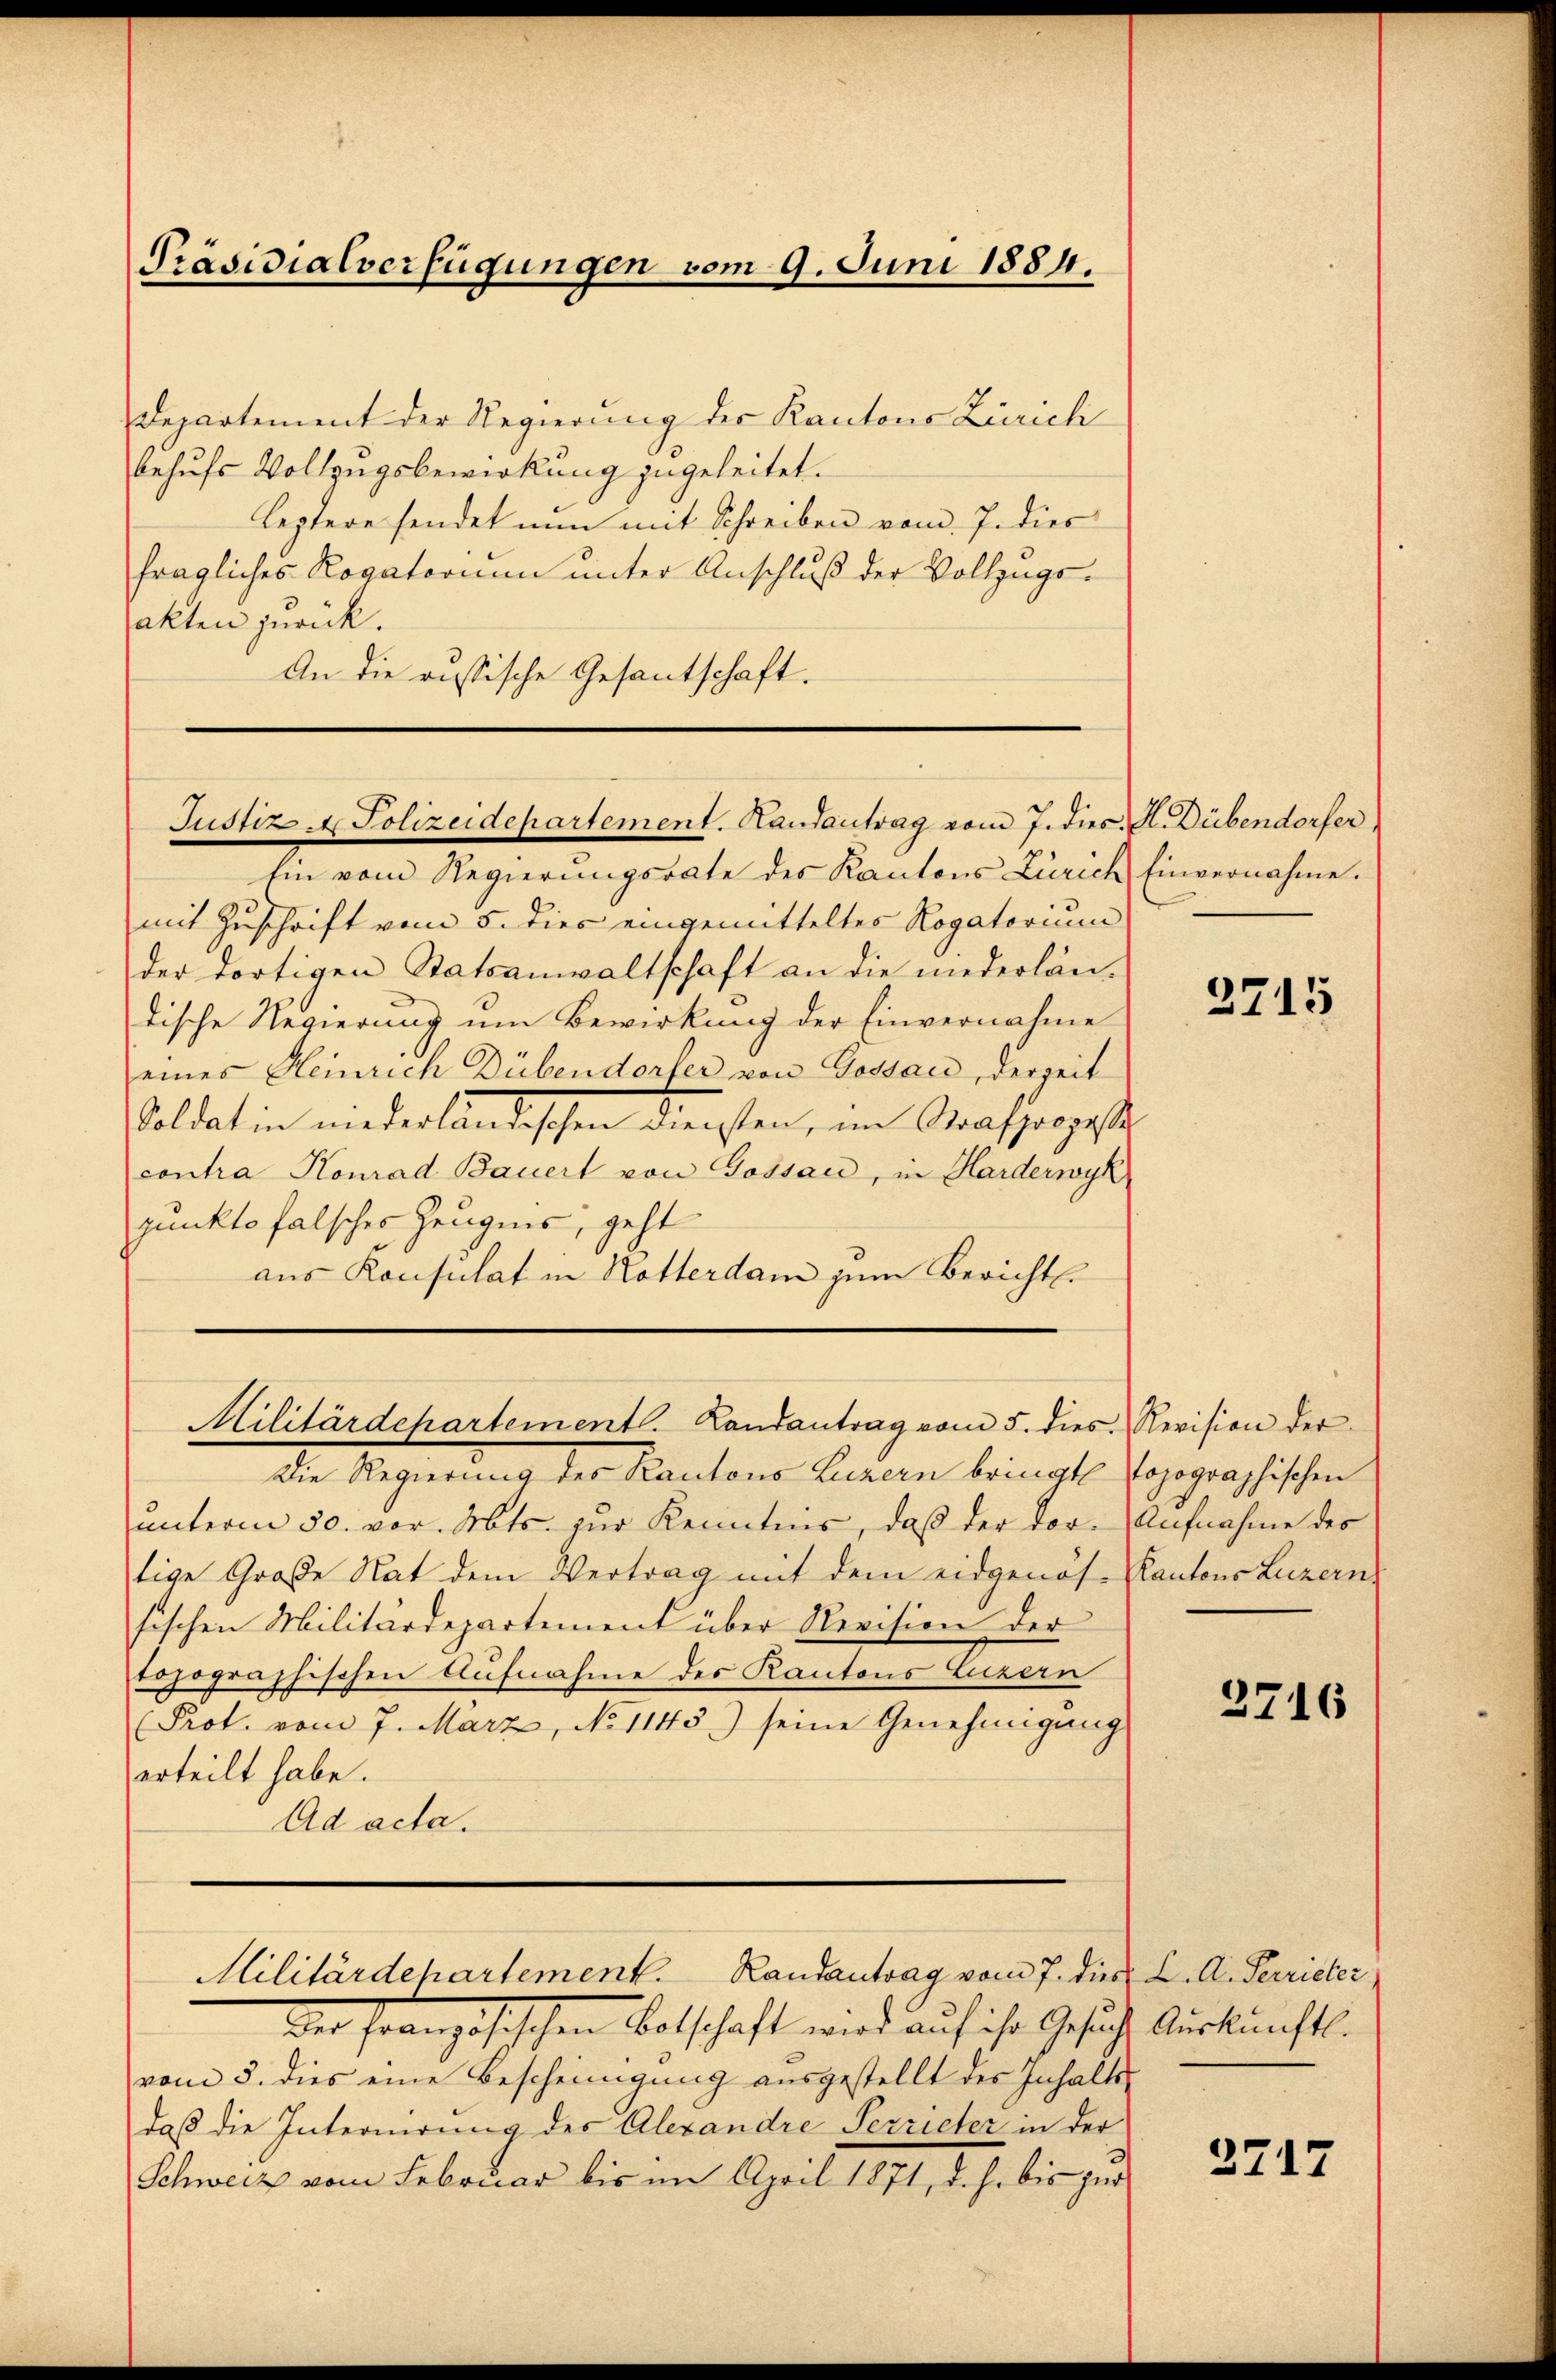
Präsidialverfügungen vom 9. Juni 1884.

Departement der Regierung der Kantons Zürich
behufs Vollzugsbewirkung zugeleitet.
leztere sendet nun mit Schreiben vom 7. dies
fragliches Rogatorium unter Anschluß der Vollzugsakten zurück.
An die aussische Gesantschaft.

Justiz & Polizeidepartement. Handantrag vom 7. dies H. Dübendorfer

hin vom Regierungsrate des Kantons Zürich Einvernahme.
mit Zuschrift vom 5. dies eingemitteltes Rogatorium
der dortigen Statsanwaltschaft an die niederlän-
dische Regierung um Bewirkung der Einvernahme
eines Heinrich Dübendorfer von Gossau, derzeit
Soldat in niederländischen Diensten, im Strassergest
contra Konrad Bauert von Gossau, in Harderwyk
punkto falsches Zeugnis, geht
aus Konsulat in Notterdam zum Bericht.
Militärdehartementl. Landantrag vom 5. dies Revision der
Die Regierung des Kantons Luzern bringte Topographischen
unterm 30. vor. Mts. zur Kenntnis, daß der dor-Aufnahme des
tige Große Rat dem Vertrag mit dem eidgenös-Kantons Luzern
sischen Militärdepartement über Revision der
topographischen Aufnahme des Kantons Luzern
Prot. vom 7. März, No 1145) seine Genehmigung
erteilt habe.
Ad acta.

Militärdepartement. Randantrag vom 7. die K. A. Terrieter

Wer französischen Betschaft wird auf ihr Gesuche Auskunft.
vom 5. dies eine Bescheinigung ausgestellt des Inhaltedaß die Internirung des Alexandre Serrieter in der
Schweiz vom Februar bis im April 1871, d.h. bis zur

3715

3716

2717